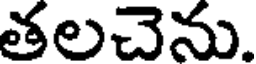
తలచెను.